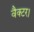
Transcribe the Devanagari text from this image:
वैक्टर।